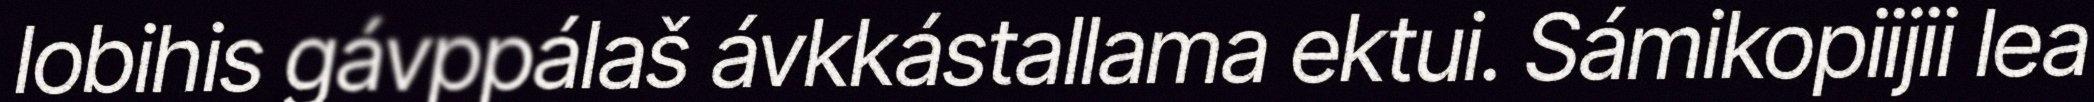
lobihis gávppálaš ávkkástallama ektui. Sámikopiijii lea